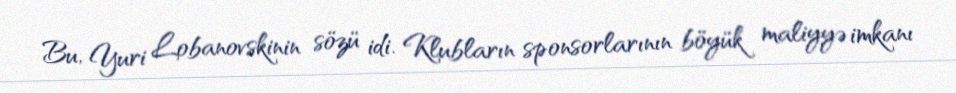
Bu, Yuri Lobanovskinin sözü idi. Klubların sponsorlarının böyük maliyyə imkanı